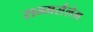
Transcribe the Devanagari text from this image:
सम्मर्सलेम